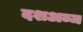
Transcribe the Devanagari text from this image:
दशअब्ज